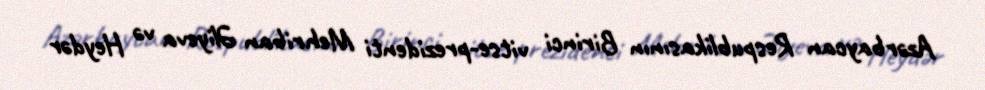
Azərbaycan Respublikasının Birinci vitse-prezidenti Mehriban Əliyeva və Heydər